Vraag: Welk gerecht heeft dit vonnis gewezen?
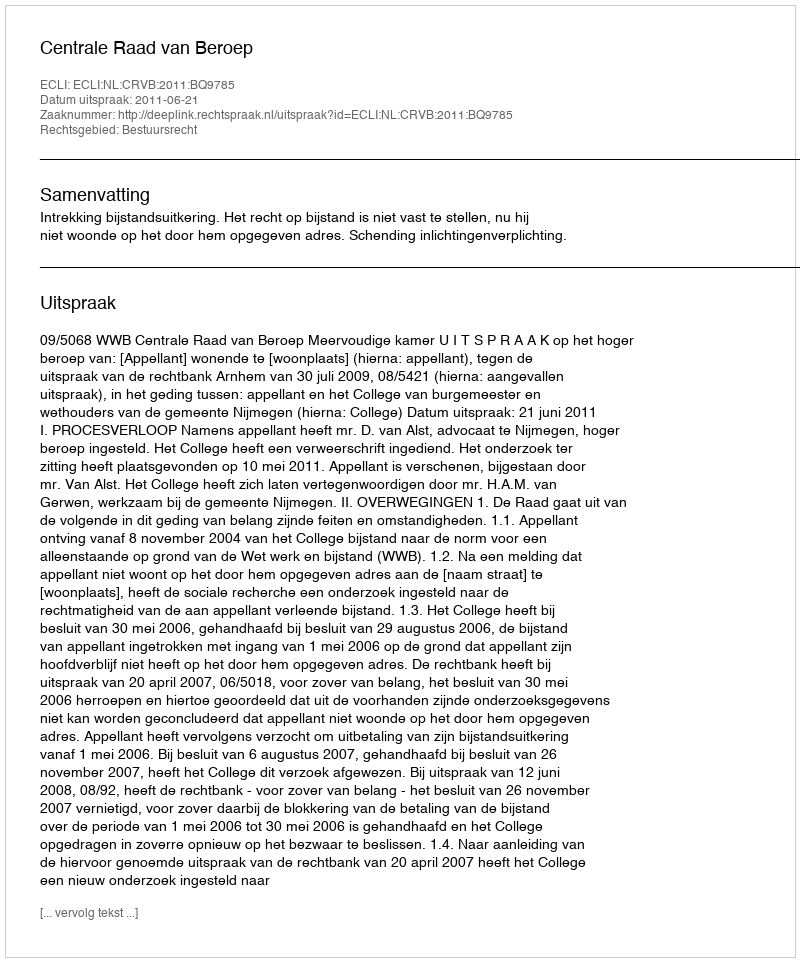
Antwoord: Centrale Raad van Beroep